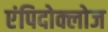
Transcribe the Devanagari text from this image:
एंपिदोक्लोज